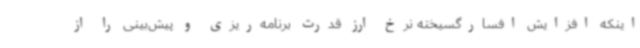
اینکه افزایش افسارگسیخته نرخ ارز قدرت برنامه‌ریزی و پیش‌بینی را از